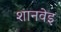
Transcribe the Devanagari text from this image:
शानवेइ